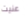
عنيت